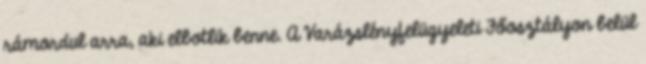
rámordul arra, aki elbotlik benne. A Varázslényfelügyeleti Főosztályon belül